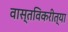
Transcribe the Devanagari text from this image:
वास्तविकरीत्या